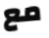
مع